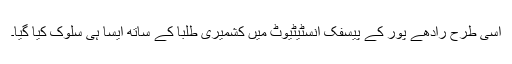
اسی طرح رادھے پور کے پیسفک انسٹیٹیوٹ میں کشمیری طلبا کے ساتھ ایسا ہی سلوک کیا گیا۔